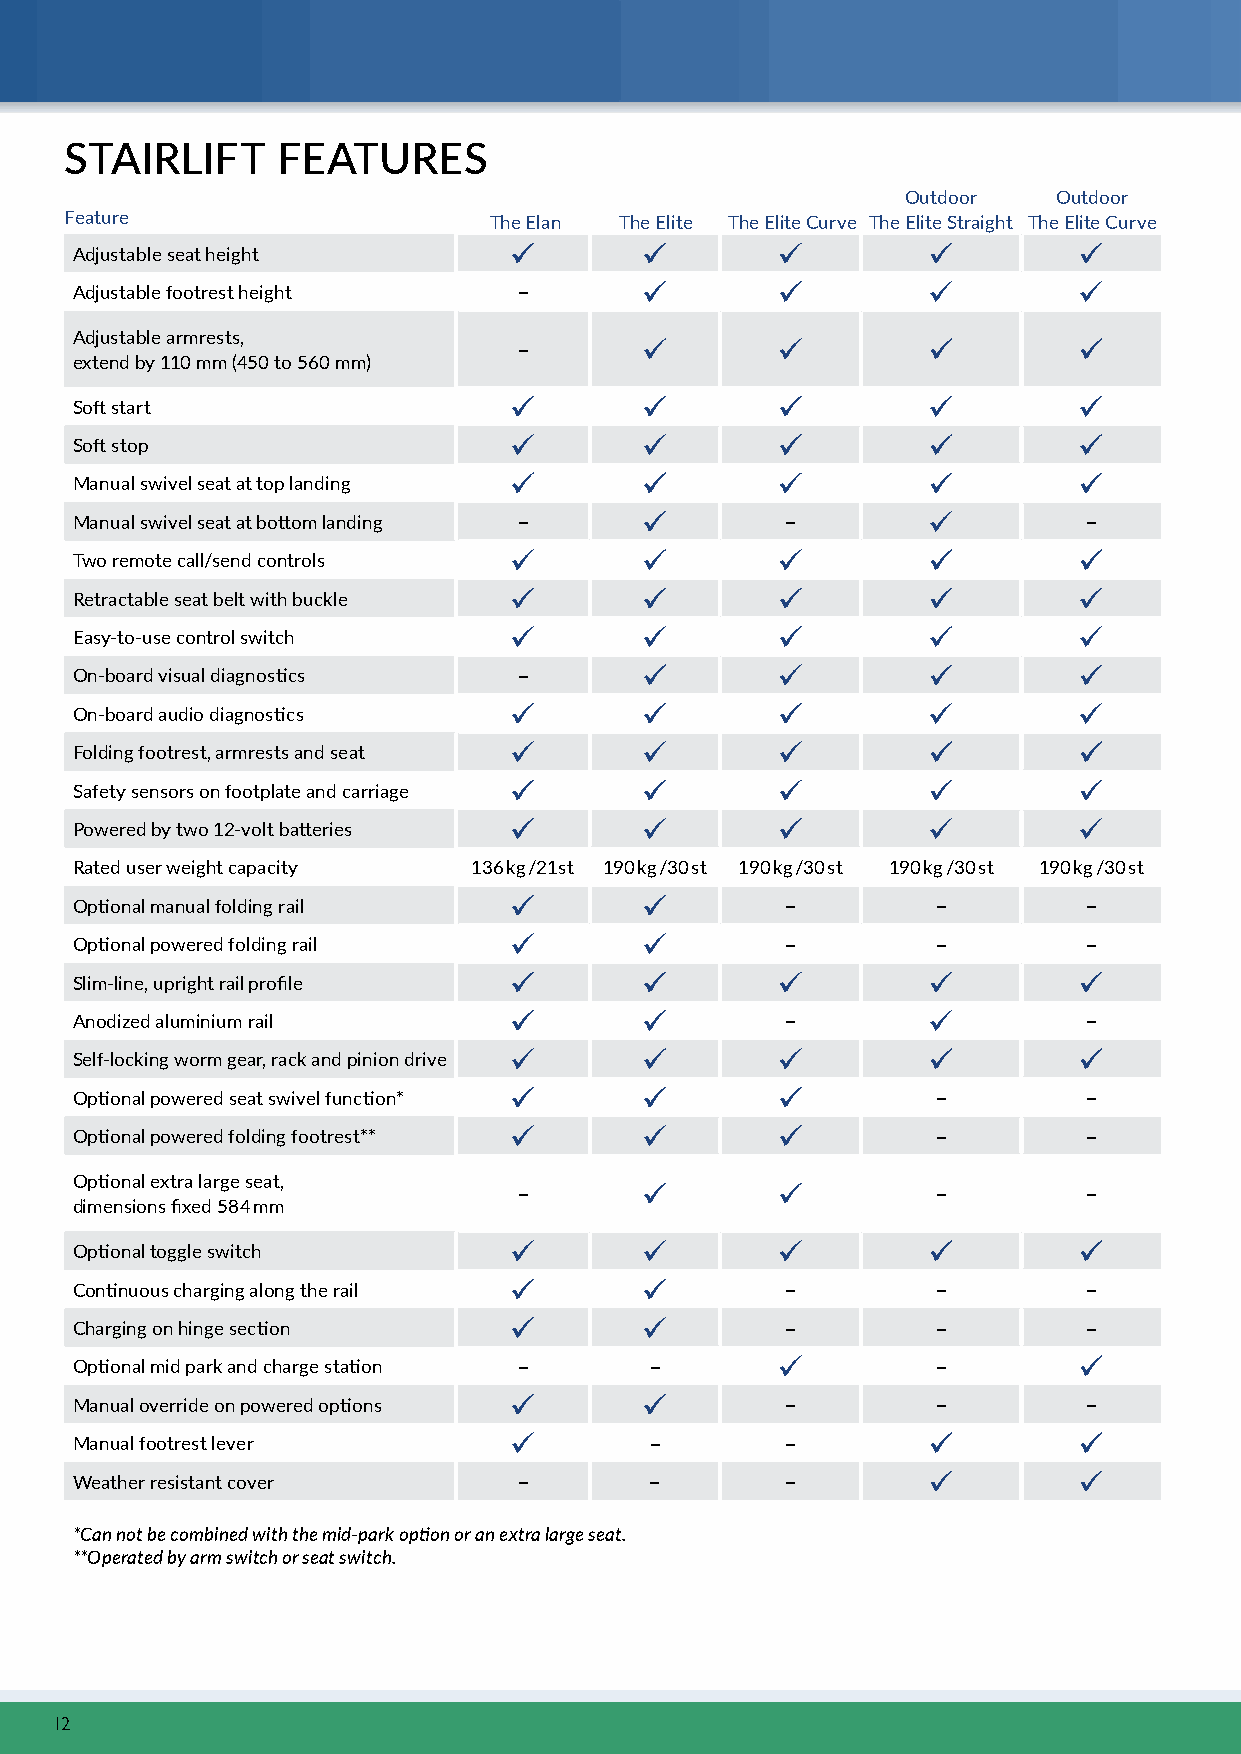
STAIRLIFT     FEATURES
 Outdoor   Outdoor
 Feature                     The Elan The Elite The Elite Curve The Elite Straight The Elite Curve
 Adjustable seat height
 Adjustable footrest height   –
 Adjustable armrests,
 –
 extend by 110 mm (450 to 560 mm)
 Soft start
 Soft stop
 Manual swivel seat at top landing
 Manual swivel seat at bottom landing –         –                   –
 Two remote call/send controls
 Retractable seat belt with buckle
 Easy-to-use control switch
 On-board visual diagnostics  –
 On-board audio diagnostics
 Folding footrest, armrests and seat
 Safety sensors on footplate and carriage
 Powered by two 12-volt batteries
 Rated user weight capacity 136 kg /21st 190 kg /30 st 190 kg /30 st 190 kg /30 st 190 kg /30 st
 Optional manual folding rail                   –         –         –
 Optional powered folding rail                  –         –         –
 Slim-line, upright rail profile
 Anodized aluminium rail                        –                   –
 Self-locking worm gear, rack and pinion drive
 Optional powered seat swivel function*                   –         –
 Optional powered folding footrest**                      –         –
 Optional extra large seat,
 –                           –         –
 dimensions fixed 584 mm
 Optional toggle switch
 Continuous charging along the rail             –         –         –
 Charging on hinge section                      –         –         –
 Optional mid park and charge station – –                 –
 Manual override on powered options             –         –         –
 Manual footrest lever                 –        –
 Weather resistant cover      –        –        –
 *Can not be combined with the mid-park option or an extra large seat.
 **Operated by arm switch or seat switch.
 12